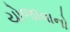
યોજાવાનો